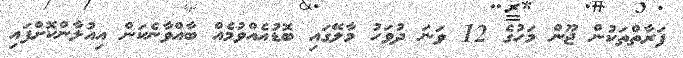
ފަރާތްތަކުން ޖޫން މަހުގެ 12 ވަނަ ދުވަހު މާލޭގައި ބޮޑުއެއްވުމެއް ބާއްވާނެކަން އިއުލާންކޮށްފައި